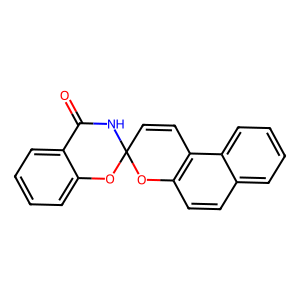
SMILES: O=C1NC2(C=Cc3c(ccc4ccccc34)O2)Oc2ccccc21
Inhibits HIV replication: No